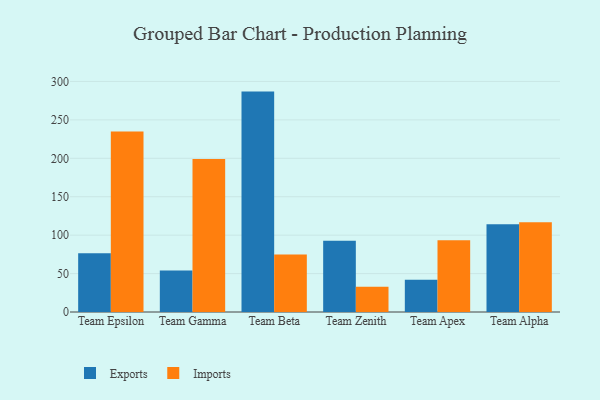
{"axis": {"x": "Team", "y": "Demand Index"}, "legend": ["Exports", "Imports"], "data": [{"x": "Team Epsilon", "y": 76.6, "type": "Exports"}, {"x": "Team Epsilon", "y": 235.0, "type": "Imports"}, {"x": "Team Gamma", "y": 54.1, "type": "Exports"}, {"x": "Team Gamma", "y": 199.0, "type": "Imports"}, {"x": "Team Beta", "y": 286.8, "type": "Exports"}, {"x": "Team Beta", "y": 74.7, "type": "Imports"}, {"x": "Team Zenith", "y": 92.7, "type": "Exports"}, {"x": "Team Zenith", "y": 32.9, "type": "Imports"}, {"x": "Team Apex", "y": 42.1, "type": "Exports"}, {"x": "Team Apex", "y": 93.5, "type": "Imports"}, {"x": "Team Alpha", "y": 114.1, "type": "Exports"}, {"x": "Team Alpha", "y": 116.9, "type": "Imports"}]}